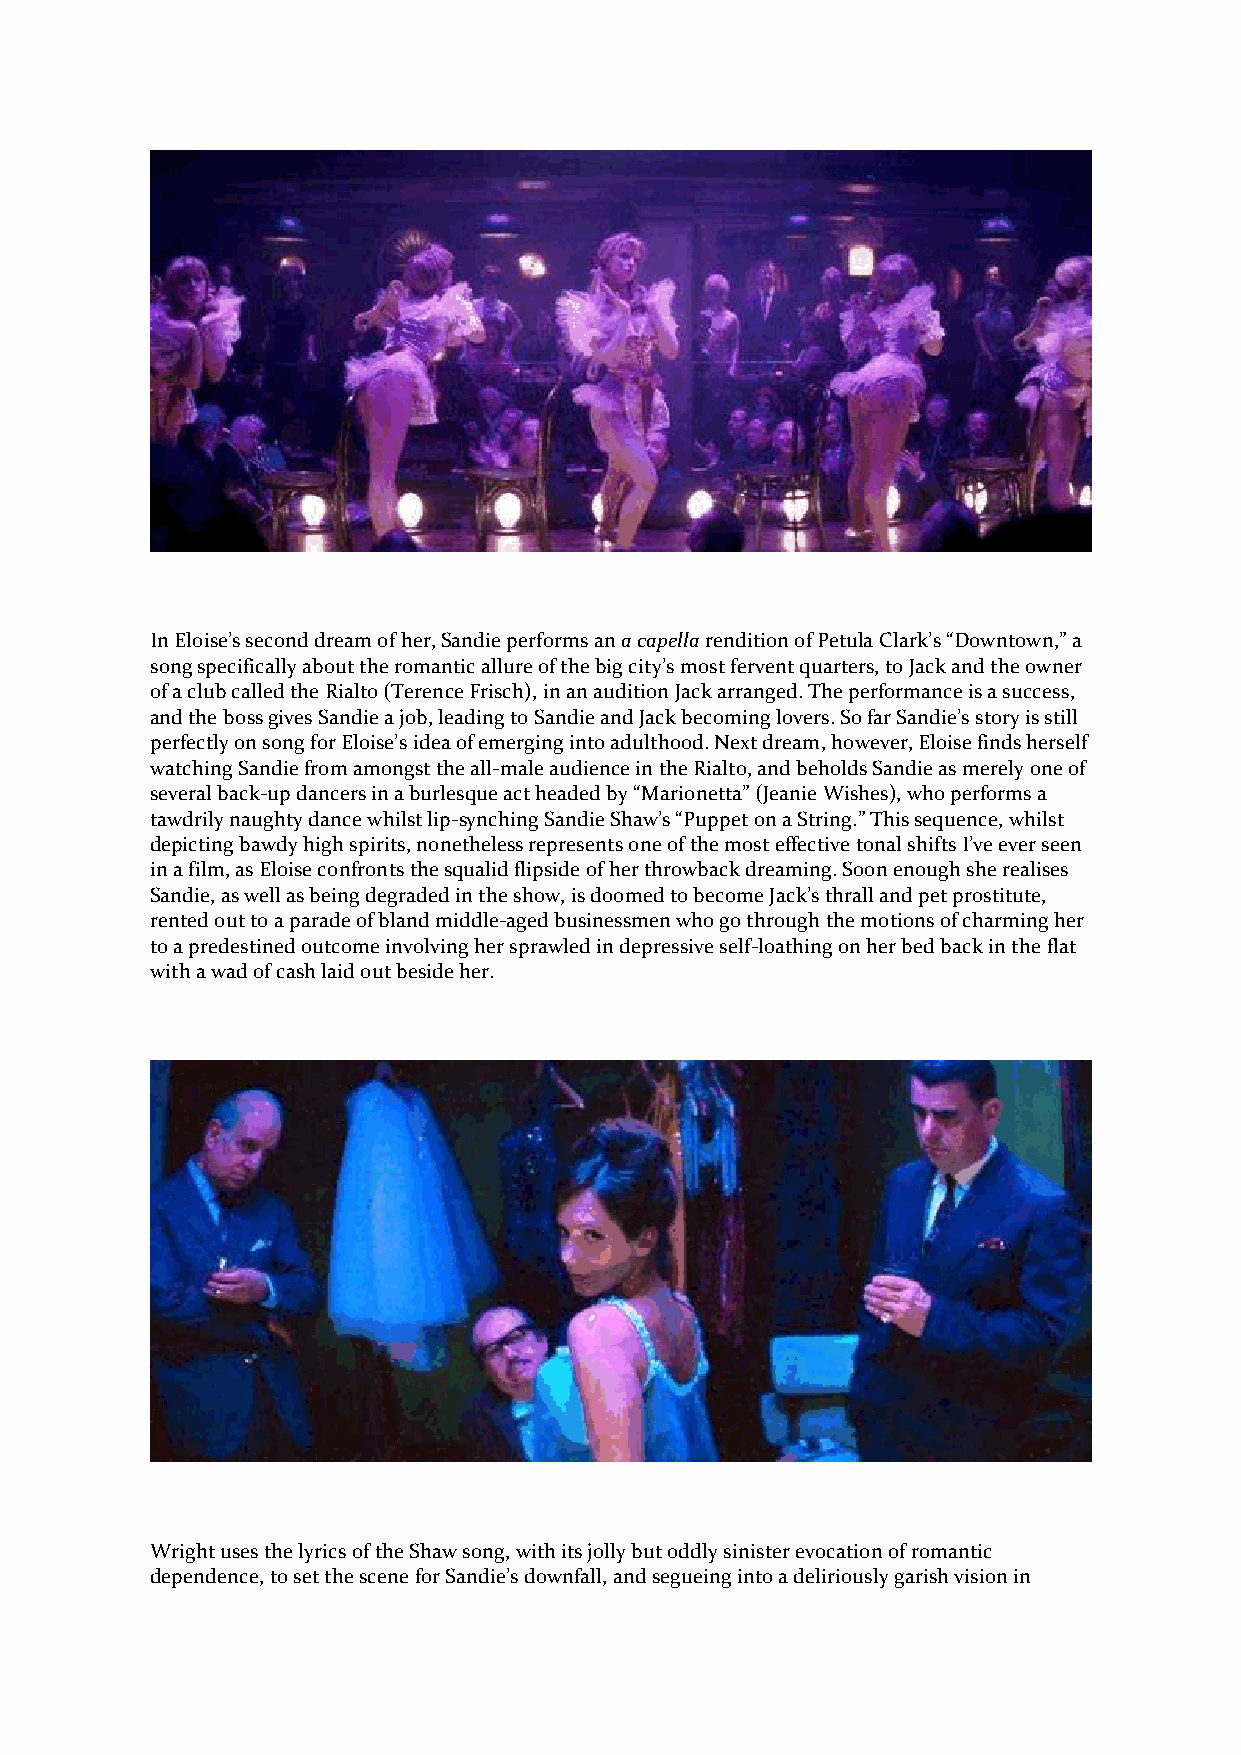
In Eloise’s second dream of her, Sandie performs an a capella rendition of Petula Clark’s “Downtown,” a
 song specifically about the romantic allure of the big city’s most fervent quarters, to Jack and the owner
 of a club called the Rialto (Terence Frisch), in an audition Jack arranged. The performance is a success,
 and the boss gives Sandie a job, leading to Sandie and Jack becoming lovers. So far Sandie’s story is still
 perfectly on song for Eloise’s idea of emerging into adulthood. Next dream, however, Eloise finds herself
 watching Sandie from amongst the all-male audience in the Rialto, and beholds Sandie as merely one of
 several back-up dancers in a burlesque act headed by “Marionetta” (Jeanie Wishes), who performs a
 tawdrily naughty dance whilst lip-synching Sandie Shaw’s “Puppet on a String.” This sequence, whilst
 depicting bawdy high spirits, nonetheless represents one of the most effective tonal shifts I’ve ever seen
 in a film, as Eloise confronts the squalid flipside of her throwback dreaming. Soon enough she realises
 Sandie, as well as being degraded in the show, is doomed to become Jack’s thrall and pet prostitute,
 rented out to a parade of bland middle-aged businessmen who go through the motions of charming her
 to a predestined outcome involving her sprawled in depressive self-loathing on her bed back in the flat
 with a wad of cash laid out beside her.
 Wright uses the lyrics of the Shaw song, with its jolly but oddly sinister evocation of romantic
 dependence, to set the scene for Sandie’s downfall, and segueing into a deliriously garish vision in